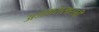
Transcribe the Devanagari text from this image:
अजगरासारखी